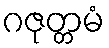
ဂဇုတ္တမံ